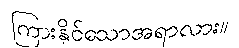
ကြားနိုင်သောအရာလား။